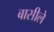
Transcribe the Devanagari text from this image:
बासीले